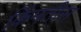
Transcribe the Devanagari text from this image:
किंमतीस